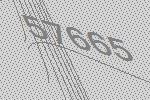
57665